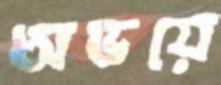
অভয়ে